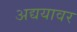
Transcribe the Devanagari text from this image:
अद्ययावर